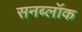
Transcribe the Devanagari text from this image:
सनब्लॉक